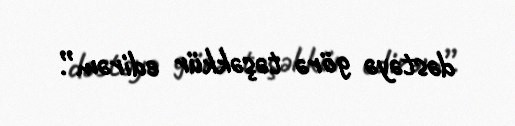
dəstəyə görə təşəkkür edirəm”.